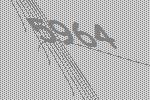
5964